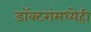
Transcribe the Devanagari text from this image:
डॉक्टरांमध्येही